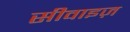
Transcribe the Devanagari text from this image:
सीवाइज़